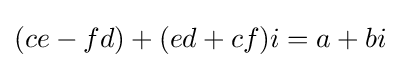
(ce-fd)+(ed+cf)i=a+bi